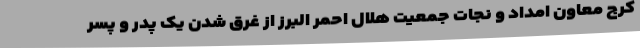
کرج معاون امداد و نجات جمعیت هلال احمر البرز از غرق شدن یک پدر و ‌پسر